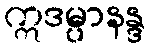
ဣဒမ္ပာနန္ဒ